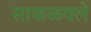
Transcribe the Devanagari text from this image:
साकळवले